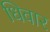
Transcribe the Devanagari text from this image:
धिवार